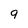
Character: 9